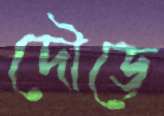
দৌড়ে